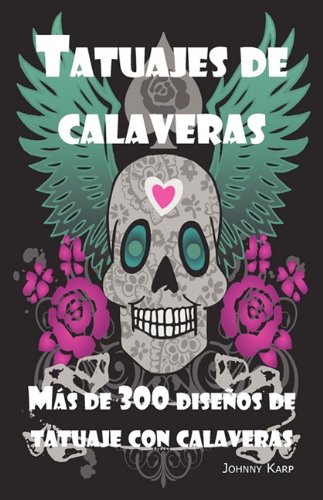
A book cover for Tatuajes de calaveras: DiseÃ±o de tatuaje con calaveras, ideas y fotos que incluyen Tribales, Mariposas, Llamaradas, Dragones, Dibujos y muchos mÃ¡s diseÃ±os de calaveras. (Spanish Edition); Johnny Karp; Arts & Photography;